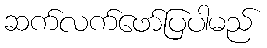
ဆက်လက်ဖော်ပြပါမည်